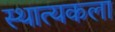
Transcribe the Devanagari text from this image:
स्थात्यकला